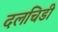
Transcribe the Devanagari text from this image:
दलचिडी